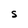
Character: S